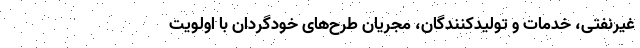
غیرنفتی، خدمات و تولیدکنندگان، مجریان طرح‌های خودگردان با اولویت